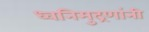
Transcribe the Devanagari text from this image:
ध्वनिमुद्रणांनी